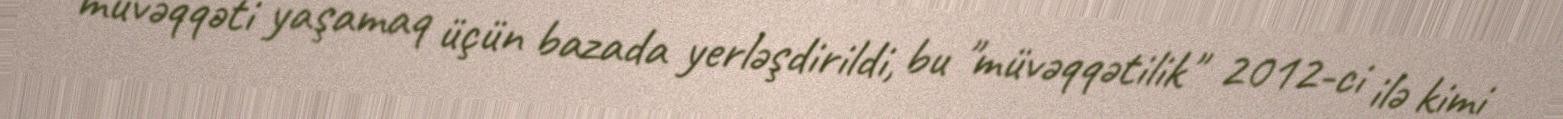
müvəqqəti yaşamaq üçün bazada yerləşdirildi, bu "müvəqqətilik" 2012-ci ilə kimi